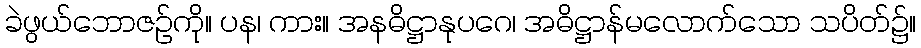
ခဲဖွယ်ဘောဇဉ်ကို။ ပန၊ ကား။ အနဓိဋ္ဌာနုပဂေ၊ အဓိဋ္ဌာန်မလောက်သော သပိတ်၌။